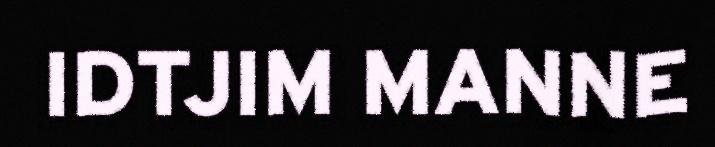
IDTJIM MANNE